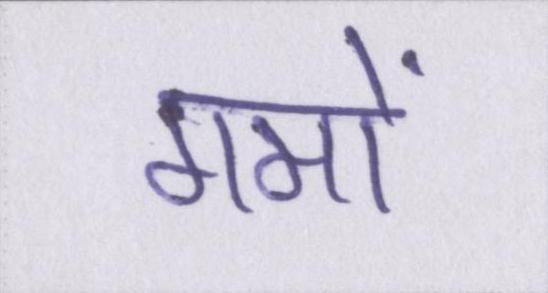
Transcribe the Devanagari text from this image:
गमों